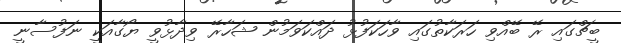
ބީޗްގައި ރޭ ބޭއްވި ހަރަކާތުގައި ވާހަކަފުޅު ދައްކަވަމުން ޝަހާރޭ ވިދާޅުވީ ޔޯގާއަކީ ނަފުސާނީ